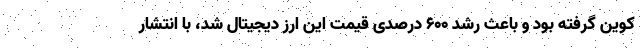
کوین گرفته بود و باعث رشد ۶۰۰ درصدی قیمت این ارز دیجیتال شد، با انتشار